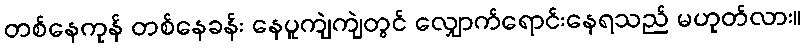
တစ်နေကုန် တစ်နေခန်း နေပူကျဲကျဲတွင် လျှောက်ရောင်းနေရသည် မဟုတ်လား။